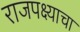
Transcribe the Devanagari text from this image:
राजपक्ष्याचा